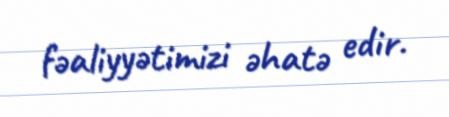
fəaliyyətimizi əhatə edir.